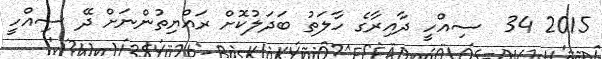
2015 34  ސިއްހީ ދާއިރާގެ ހާލަތު ބަދަލުކޮށް ރައްޔިތުންނަށް ދޭ ސިއްހީ